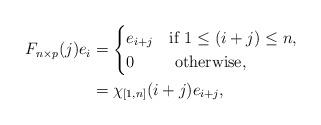
LaTeX: \begin{align*} F_{n \times p}{(j)} e_i &= \begin{cases}e_{i+j} & \mbox{if } 1 \leq (i+j) \leq n,\\0 &\mbox{ otherwise},\end{cases} \\&= \chi_{[1, n]}(i+j) e_{i+j},\end{align*}